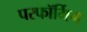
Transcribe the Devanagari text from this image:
परफॉर्मिग